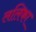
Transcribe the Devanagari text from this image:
ललिका